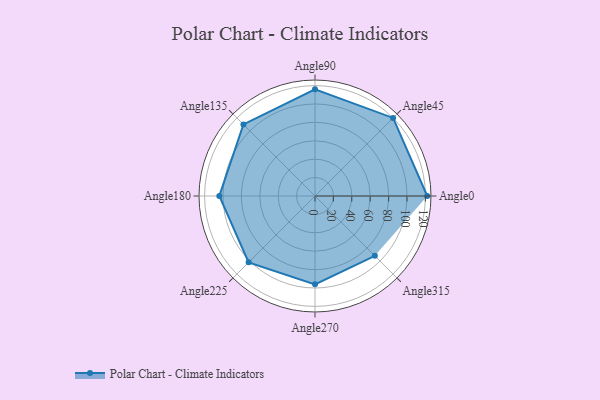
{"axis": {"x": "Angle", "y": "Radius"}, "legend": [""], "data": [{"x": "Angle0", "y": 122.0, "type": ""}, {"x": "Angle45", "y": 120.0, "type": ""}, {"x": "Angle90", "y": 116.0, "type": ""}, {"x": "Angle135", "y": 110.0, "type": ""}, {"x": "Angle180", "y": 104.0, "type": ""}, {"x": "Angle225", "y": 102.0, "type": ""}, {"x": "Angle270", "y": 96.0, "type": ""}, {"x": "Angle315", "y": 92.0, "type": ""}]}